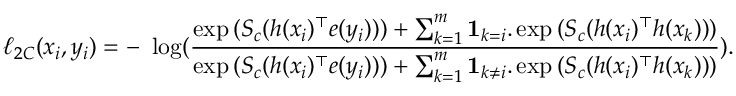
\ell _ { 2 C } ( x _ { i } , y _ { i } ) = - ~ \log ( \frac { \exp { ( S _ { c } ( h ( x _ { i } ) ^ { \top } e ( y _ { i } ) ) ) } + \sum _ { k = 1 } ^ { m } \mathbf { 1 } _ { k = i } . \exp { ( S _ { c } ( h ( x _ { i } ) ^ { \top } h ( x _ { k } ) ) ) } } { \exp { ( S _ { c } ( h ( x _ { i } ) ^ { \top } e ( y _ { i } ) ) ) } + \sum _ { k = 1 } ^ { m } \mathbf { 1 } _ { k \neq i } . \exp { ( S _ { c } ( h ( x _ { i } ) ^ { \top } h ( x _ { k } ) ) ) } } ) .